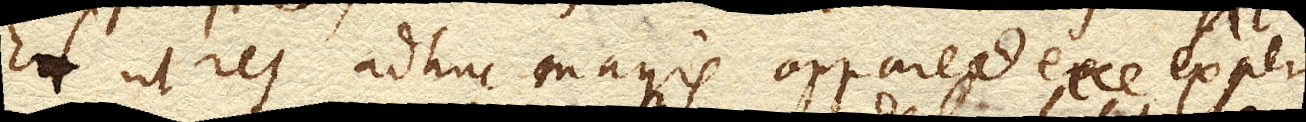
Et ut res adhuc magis appareat ecce experi–